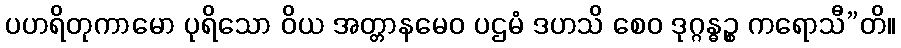
ပဟရိတုကာမော ပုရိသော ဝိယ အတ္တာနမေဝ ပဌမံ ဒဟသိ စေဝ ဒုဂ္ဂန္ဓဉ္စ ကရောသီ”တိ။